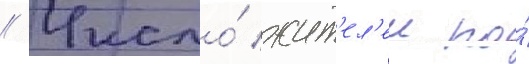
// Число́ жит'ел'еи по́